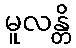
မူလန္တိ